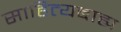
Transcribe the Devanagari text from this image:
साहित्यबाह्य